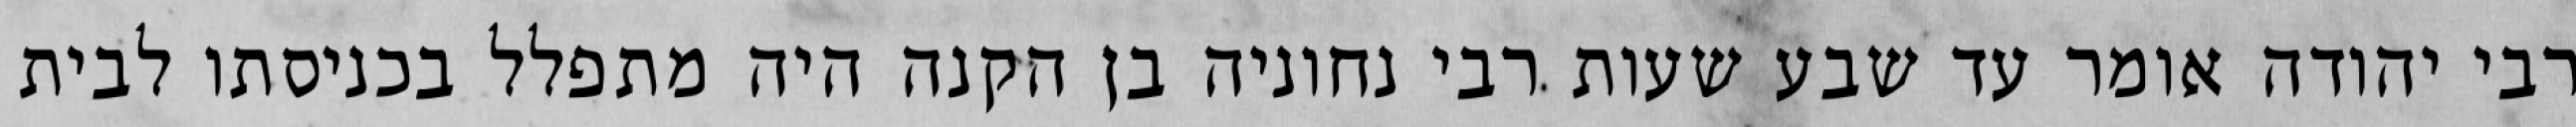
רבי יהודה אומר עד שבע שעות רבי נחוניה בן הקנה היה מתפלל בכניסתו לבית